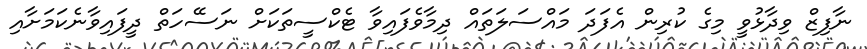
ނާފިޒް ވިދާޅުވީ މިގެ ކުރިން އެފަދަ މައްސަލަތައް ދިމާވެފައިވާ ޓެކްސީތަކަށް ނަސޭހަތް ދީފައިވާނެކަމަށާއި